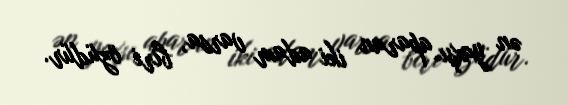
ən yaxşı aparan iki adam varsa, biri özüdür.